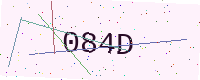
Text: 084D